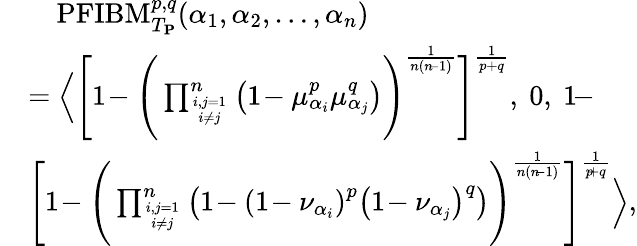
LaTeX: \begin{array}{rl}&{\quad\mathrm{PFIBM}_{T_{\mathbf{P}}}^{p,q}(\alpha_{1},\alpha_{2},\ldots,\alpha_{n})}\\ &{=\left\langle\Bigg[1\! -\Bigg(\prod_{i,j=1\atop i\neq j}^{n}\left(1\! -\mu_{\alpha_{i}}^{p}\mu_{\alpha_{j}}^{q}\right)\Bigg)^{\frac{1}{n(n\! -1)}}\Bigg]^{\frac{1}{p+q}},~0,~1\! -\right.}\\ &{\left.\Bigg[1\! -\Bigg(\prod_{i,j=1\atop i\neq j}^{n}\left(1\! -\left(1\! -\nu_{\alpha_{i}}\right)^{p}\left(1\! -\nu_{\alpha_{j}}\right)^{q}\right)\Bigg)^{\frac{1}{n(n\! -1)}}\Bigg]^{\frac{1}{p\! +q}}\right\rangle,}\end{array}